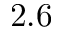
2 . 6